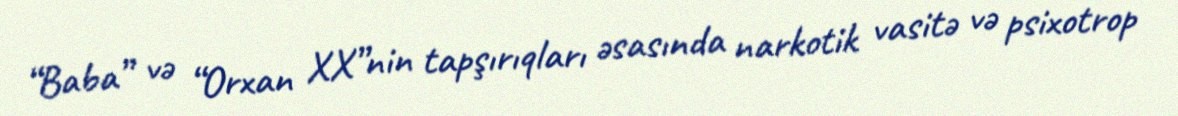
“Baba” və “Orxan XX”nin tapşırıqları əsasında narkotik vasitə və psixotrop